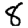
Digit: 8